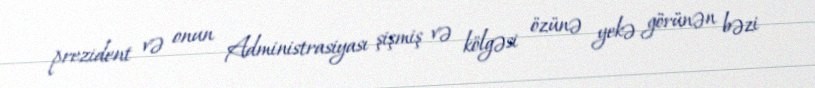
prezident və onun Administrasiyası şişmiş və kölgəsi özünə yekə görünən bəzi